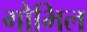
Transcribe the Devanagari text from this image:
गौभिल